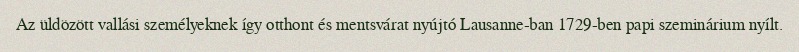
Az üldözött vallási személyeknek így otthont és mentsvárat nyújtó Lausanne-ban 1729-ben papi szeminárium nyílt.